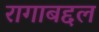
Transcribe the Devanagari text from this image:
रागाबद्दल